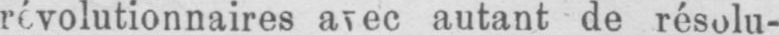
révolutionnaires avec autant de résolu-